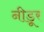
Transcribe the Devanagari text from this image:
नीडूर